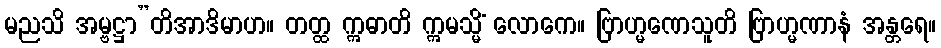
မညသိ အမ္ဗဋ္ဌာ”တိအာဒိမာဟ။ တတ္ထ ဣဓာတိ ဣမသ္မိံ လောကေ။ ဗြာဟ္မဏေသူတိ ဗြာဟ္မဏာနံ အန္တရေ။